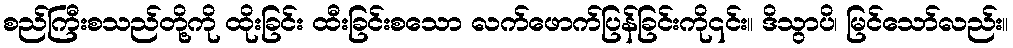
စည်ကြီးစသည်တို့ကို ထိုးခြင်း ထီးခြင်းစသော လက်ဖောက်ပြန်ခြင်းကို၎င်း။ ဒိသွာပိ၊ မြင်သော်လည်း။